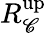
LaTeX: R_{\mathscr{C}}^{\mathrm{{up}}}